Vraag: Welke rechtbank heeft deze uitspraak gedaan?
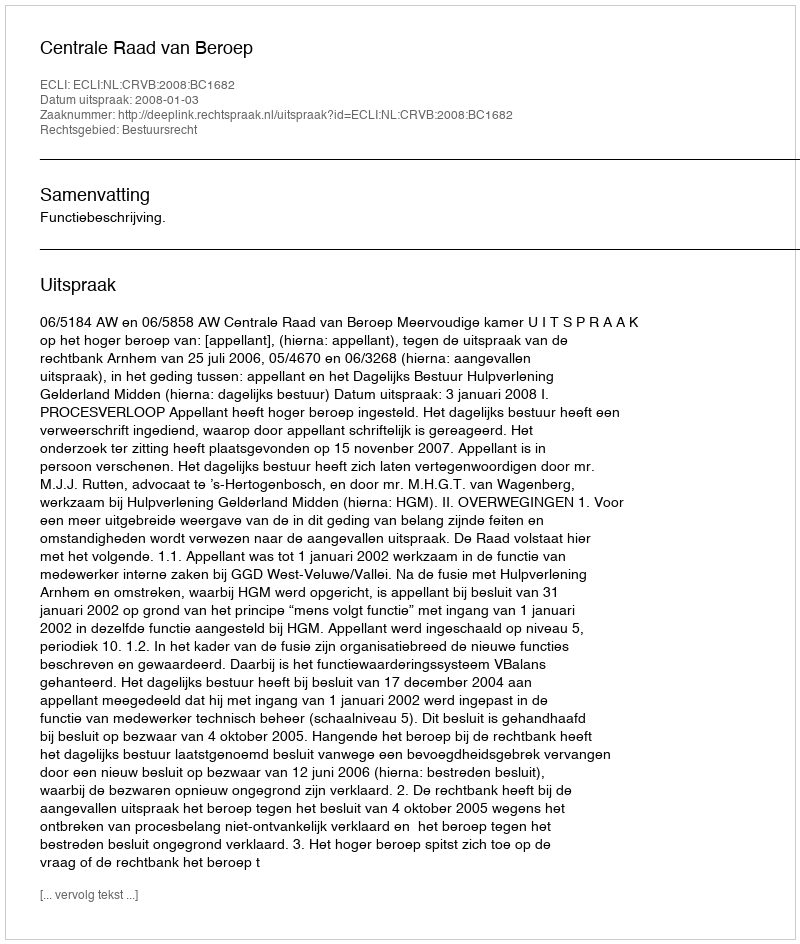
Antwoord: Centrale Raad van Beroep